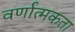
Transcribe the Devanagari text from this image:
वर्णात्मकता